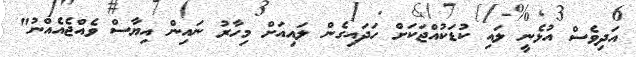
އަދިވެސް އުޅެނީ ލައި ކުޑަކުއްޖަކަށް ހަދައިގެން ލައިއަށް މިހާރު ނައިން އިޔާސް ވެއްޖެއެއްނު"